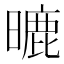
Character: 𣊈